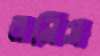
বনিস